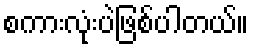
စကားလုံးပဲဖြစ်ပါတယ်။